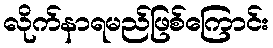
လိုက်နာရမည်ဖြစ်ကြောင်း